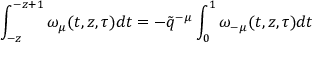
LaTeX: \int _ { - z } ^ { - z + 1 } \omega _ { \mu } ( t , z , \tau ) d t = - \tilde { q } ^ { - \mu } \int _ { 0 } ^ { 1 } \omega _ { - \mu } ( t , z , \tau ) d t